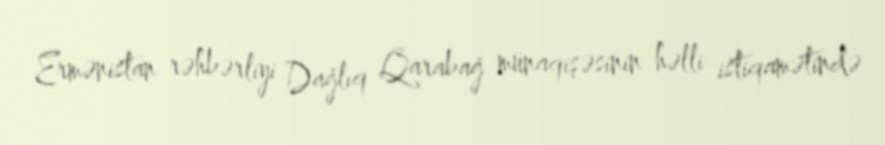
Ermənistan rəhbərliyi Dağlıq Qarabağ münaqişəsinin həlli istiqamətində